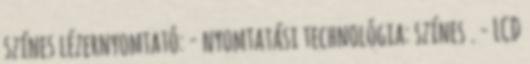
színes lézernyomtató: - nyomtatási technológia: színes . - LCD